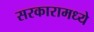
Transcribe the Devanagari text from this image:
सरकारामध्ये